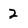
Character: 2